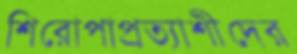
শিরোপাপ্রত্যাশীদের